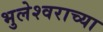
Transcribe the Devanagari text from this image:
भुलेश्वराच्या